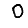
Digit: 0